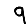
Digit: 9